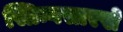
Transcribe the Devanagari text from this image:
स्प्रिन्गसारखे